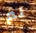
لم